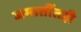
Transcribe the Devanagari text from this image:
जमातींतही